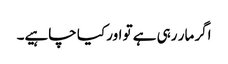
اگر مار رہی ہے تو اور کیا چاہیے۔